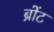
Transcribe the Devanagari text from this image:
ब्रोंट